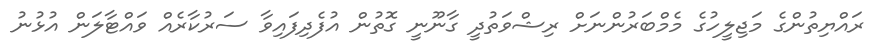
ރައްޔިތުންގެ މަޖިލީހުގެ މެމްބަރުންނަށް ރިޝްވަތުދީ ގާނޫނީ ގޮތުން އުފެދިފައިވާ ސަރުކާރެއް ވައްޓާލަން އުޅުނު